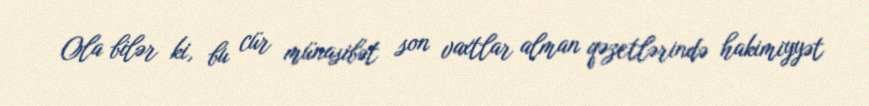
Ola bilər ki, bu cür münasibət son vaxtlar alman qəzetlərində hakimiyyət